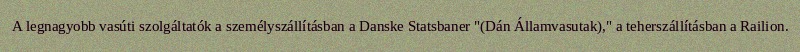
A legnagyobb vasúti szolgáltatók a személyszállításban a Danske Statsbaner "(Dán Államvasutak)," a teherszállításban a Railion.